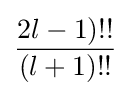
{\frac {2l-1)!!}{(l+1)!!}}